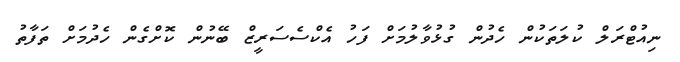
ނިއުޓްރަލް ކުލަތަކުން ހެދުން ގުޅުވާލުމަށް ފަހު އެކްސެސަރީޒް ބޭނުން ކޮށްގެން ހެދުމަށް ތަފާތު